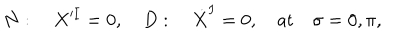
N : \quad X ^ { \prime I } = 0 , \quad D : \quad \dot { X } ^ { I } = 0 , \quad \mathrm { a t } \quad \sigma = 0 , \pi ,